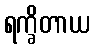
ရက္ခိတာယ